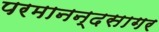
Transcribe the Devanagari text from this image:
परमानन्दसागर